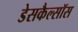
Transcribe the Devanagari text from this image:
डेसकैल्सॉस